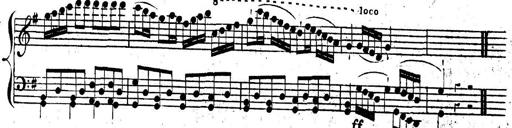
Title: Nouvelle Sonatine facile et agrÃ©able
Composer: Ignaz Moscheles
Key: G major